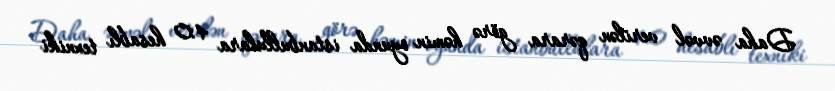
Daha əvvəl verilən qərara görə həmin oyunda istanbullulara 4:0 hesablı texniki